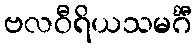
ဗလဝီရိယသမင်္ဂီ